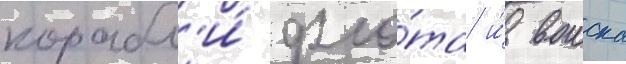
корабл'и́ фло́та и́ воиска